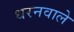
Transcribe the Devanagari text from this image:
धरनवाले